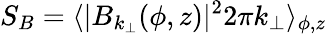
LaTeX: S_{B}=\langle|B_{k_{\perp}}(\phi,z)|^{2}2\pi k_{\perp}\rangle_{\phi,z}